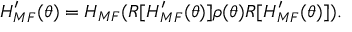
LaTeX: H _ { M F } ^ { \prime } ( \theta ) = H _ { M F } ( R [ H _ { M F } ^ { \prime } ( \theta ) ] \rho ( \theta ) R [ H _ { M F } ^ { \prime } ( \theta ) ] ) .